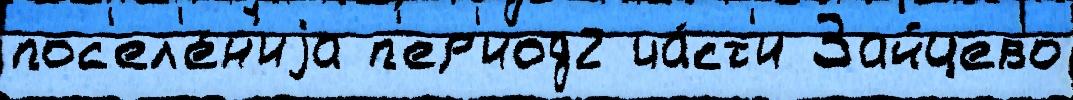
пос'ел'е́н'иjа п'ер'иод2 ча́ст'и Зайцево